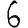
Digit: 6